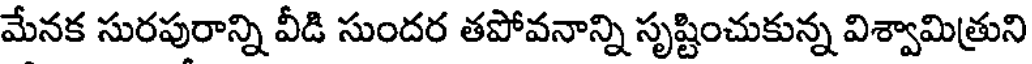
మేనక సురపురాన్ని వీడి సుందర తపోవనాన్ని సృష్టించుకున్న విశ్వామిత్రుని